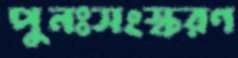
পুনঃসংস্করণ